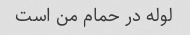
لوله در حمام من است